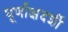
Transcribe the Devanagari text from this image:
घूर्णांक्षदर्शी